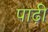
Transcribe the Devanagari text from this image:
पाढ़ी